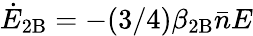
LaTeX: \dot{E}_{\mathrm{2B}}=-(3/4)\beta_{\mathrm{2B}}\bar{n}E